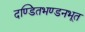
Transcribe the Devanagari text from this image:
दण्डितभण्डनभूत